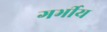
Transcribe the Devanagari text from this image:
गर्भीय